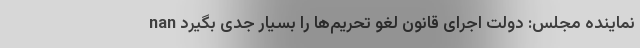
nan نماینده مجلس: دولت اجرای قانون لغو تحریم‌ها را بسیار جدی بگیرد